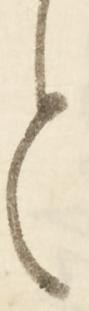
と